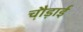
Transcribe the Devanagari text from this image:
चौ़ड़ाई